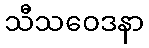
သီသဝေဒနာ